Leaving Certificate Examination (including Day School Certificate (Higher) General paper), 1939
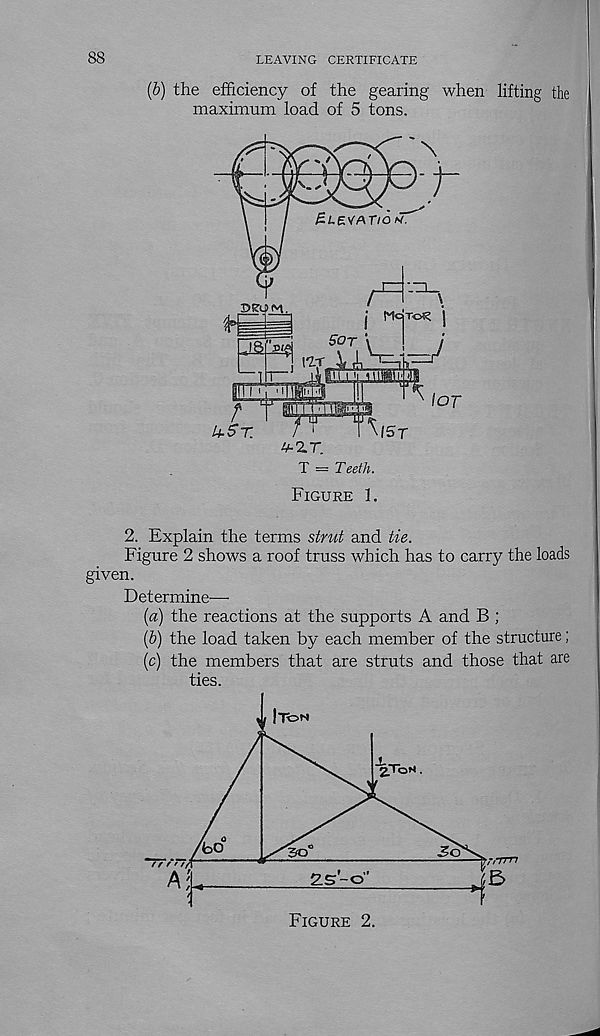
88
LEAVING CERTIFICATE
(b) the efficiency of the gearing when lifting the
maximum load of 5 tons.
T = Teeth.
Figure 1.
2. Explain the terms strut and tie.
Figure 2 shows a roof truss which has to carry the loads
given.
Determine'—-
(a) the reactions at the supports A and B ;
(&) the load taken by each member of the structure;
(c) the members that are struts and those that are
ties.
Figure 2.